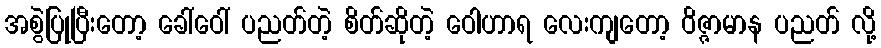
အစွဲပြုပြီးတော့ ခေါ်ဝေါ် ပညတ်တဲ့ စိတ်ဆိုတဲ့ ဝေါဟာရ လေးကျတော့ ဝိဇ္ဇာမာန ပညတ် လို့